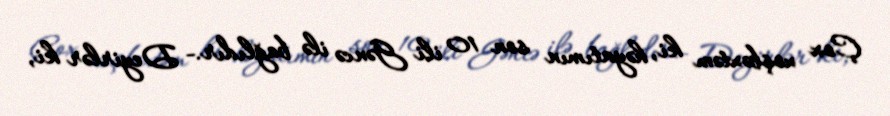
Çox xoşbəxtəm ki, həyatımın son 10 ili Gəncə ilə bağlıdır.- Deyirlər ki,